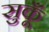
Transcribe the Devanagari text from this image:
सुकूँ